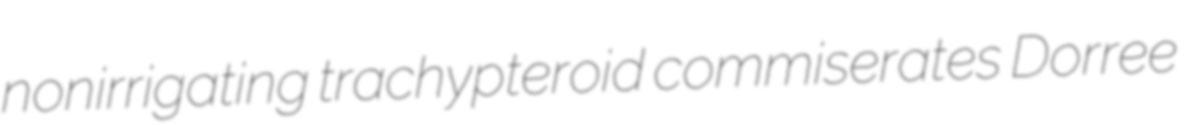
nonirrigating trachypteroid commiserates Dorree